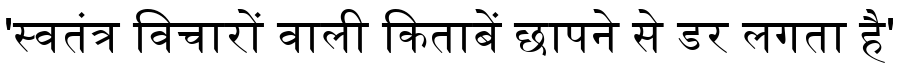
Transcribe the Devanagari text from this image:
'स्वतंत्र विचारों वाली किताबें छापने से डर लगता है'